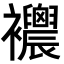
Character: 𧟒